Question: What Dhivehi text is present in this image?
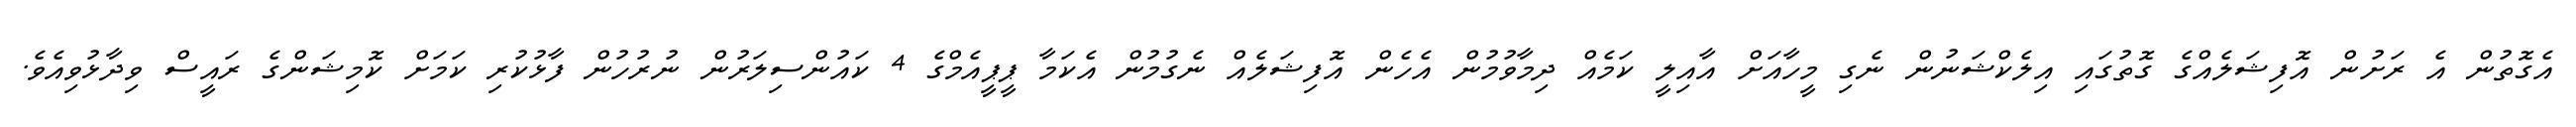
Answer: އެގޮތުން އެ ރަށުން އޮފިޝަލެއްގެ ގޮތުގައި އިލެކްޝަނުން ނެގި މީހާއަށް އާއިލީ ކަމެއް ދިމާވުމުން އެހެން އޮފިޝަލެއް ނެގުމުން އެކަމާ ޕީޕީއެމްގެ 4 ކައުންސިލަރުން ނުރުހުން ފާޅުކުރި ކަމަށް ކޮމިޝަންގެ ރައީސް ވިދާޅުވިއެވެ.